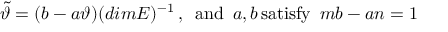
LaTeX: \tilde { \vartheta } = ( b - a \vartheta ) ( d i m E ) ^ { - 1 } \, , \enspace \mathrm { a n d } \enspace a , b \, \mathrm { s a t i s f y } \enspace m b - a n = 1